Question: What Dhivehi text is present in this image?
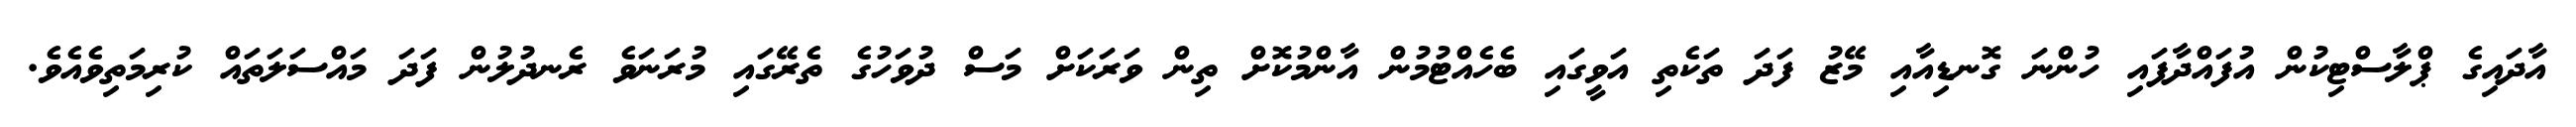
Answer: އާދައިގެ ޕްލާސްޓިކުން އުފައްދާފައި ހުންނަ ގޮނޑިއާއި މޭޒު ފަދަ ތަކެތި އަވީގައި ބެހެއްޓުމުން އާންމުކޮށް ތިން ވަރަކަށް މަސް ދުވަހުގެ ތެރޭގައި މުރަނަވެ ރެނދުލުން ފަދަ މައްސަލަތައް ކުރިމަތިވެއެވެ.